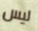
ليس